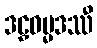
ဒဠှဓမ္မဒဿီ